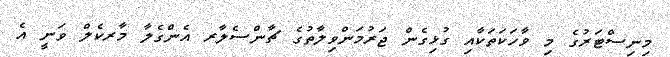
މިނިސްޓަރުގެ މި ވާހަކަތަކާއި ގުޅިގެން ޖަރުމަންވިލާތުގެ ޗާންސެލާރ އެންގެލާ މާރކެލް ވަނީ އެ